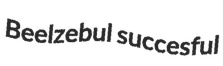
Beelzebul succesful